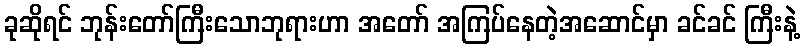
ခုဆိုရင် ဘုန်းတော်ကြီးသောဘုရားဟာ အတော် အကြပ်နေတဲ့အဆောင်မှာ ခင်ခင် ကြီးနဲ့